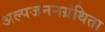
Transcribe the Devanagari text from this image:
अल्पजननग्रंथिता